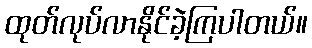
ထုတ်လုပ်လာနိုင်ခဲ့ကြပါတယ်။